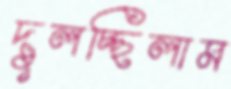
দুলচ্ছিলাম